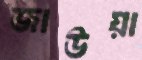
জাউয়া